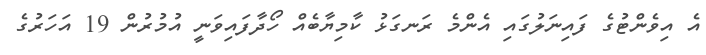
އެ އިވެންޓުގެ ފައިނަލުގައި އެންމެ ރަނގަޅު ކާމިޔާބެއް ހޯދާފައިވަނީ އުމުރުން 19 އަހަރުގެ